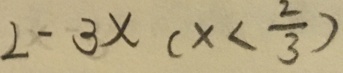
2 - 3 x ( x < \frac { 2 } { 3 } )